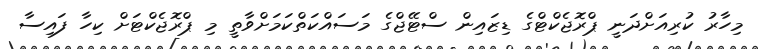
މިހާރު ކުރިއަށްދަނީ ޕްރޮޖެކްޓްގެ ޑިޒައިން ސްޓޭޖްގެ މަސައްކަތްކަމަށްވާތީ މި ޕްރޮޖެކްޓަށް ކިހާ ފައިސާ